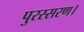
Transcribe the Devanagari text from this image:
पुरस्सरण।